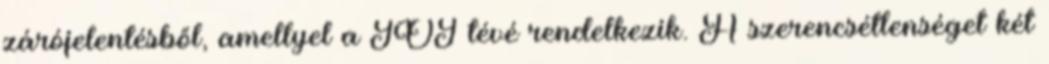
zárójelentésből, amellyel a JOJ tévé rendelkezik. A szerencsétlenséget két